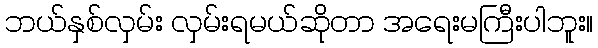
ဘယ်နှစ်လှမ်း လှမ်းရမယ်ဆိုတာ အရေးမကြီးပါဘူး။